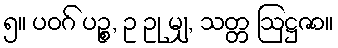
၅။ ပဝဂ် ပဉ္စ, ဥ ဥု မျှ, သတ္တ ဩဋ္ဌဇာ။